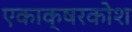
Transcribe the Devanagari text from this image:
एकाक्षरकोश